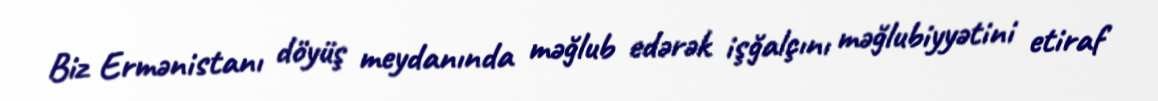
Biz Ermənistanı döyüş meydanında məğlub edərək işğalçını məğlubiyyətini etiraf